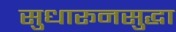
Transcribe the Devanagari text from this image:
सुधारूनसुद्धा